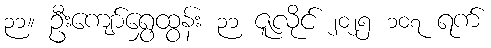
၃၁။ ဦးကျော်ရွှေထွန်း ၃၁ ဇူလိုင် ၂၀၂၅ ၁၀၇ ရက်